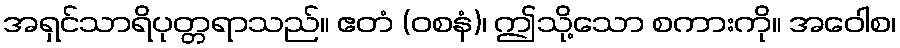
အရှင်သာရိပုတ္တရာသည်။ ဧတံ (ဝစနံ)၊ ဤသို့သော စကားကို။ အဝေါစ၊